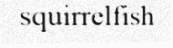
squirrelfish